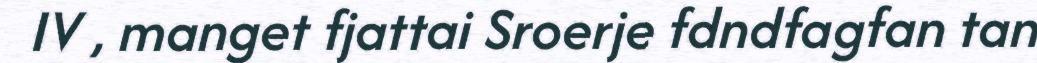
IV , manget fjattai Sroerje fdndfagfan tan